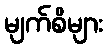
မျက်စိများ